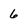
Character: 6